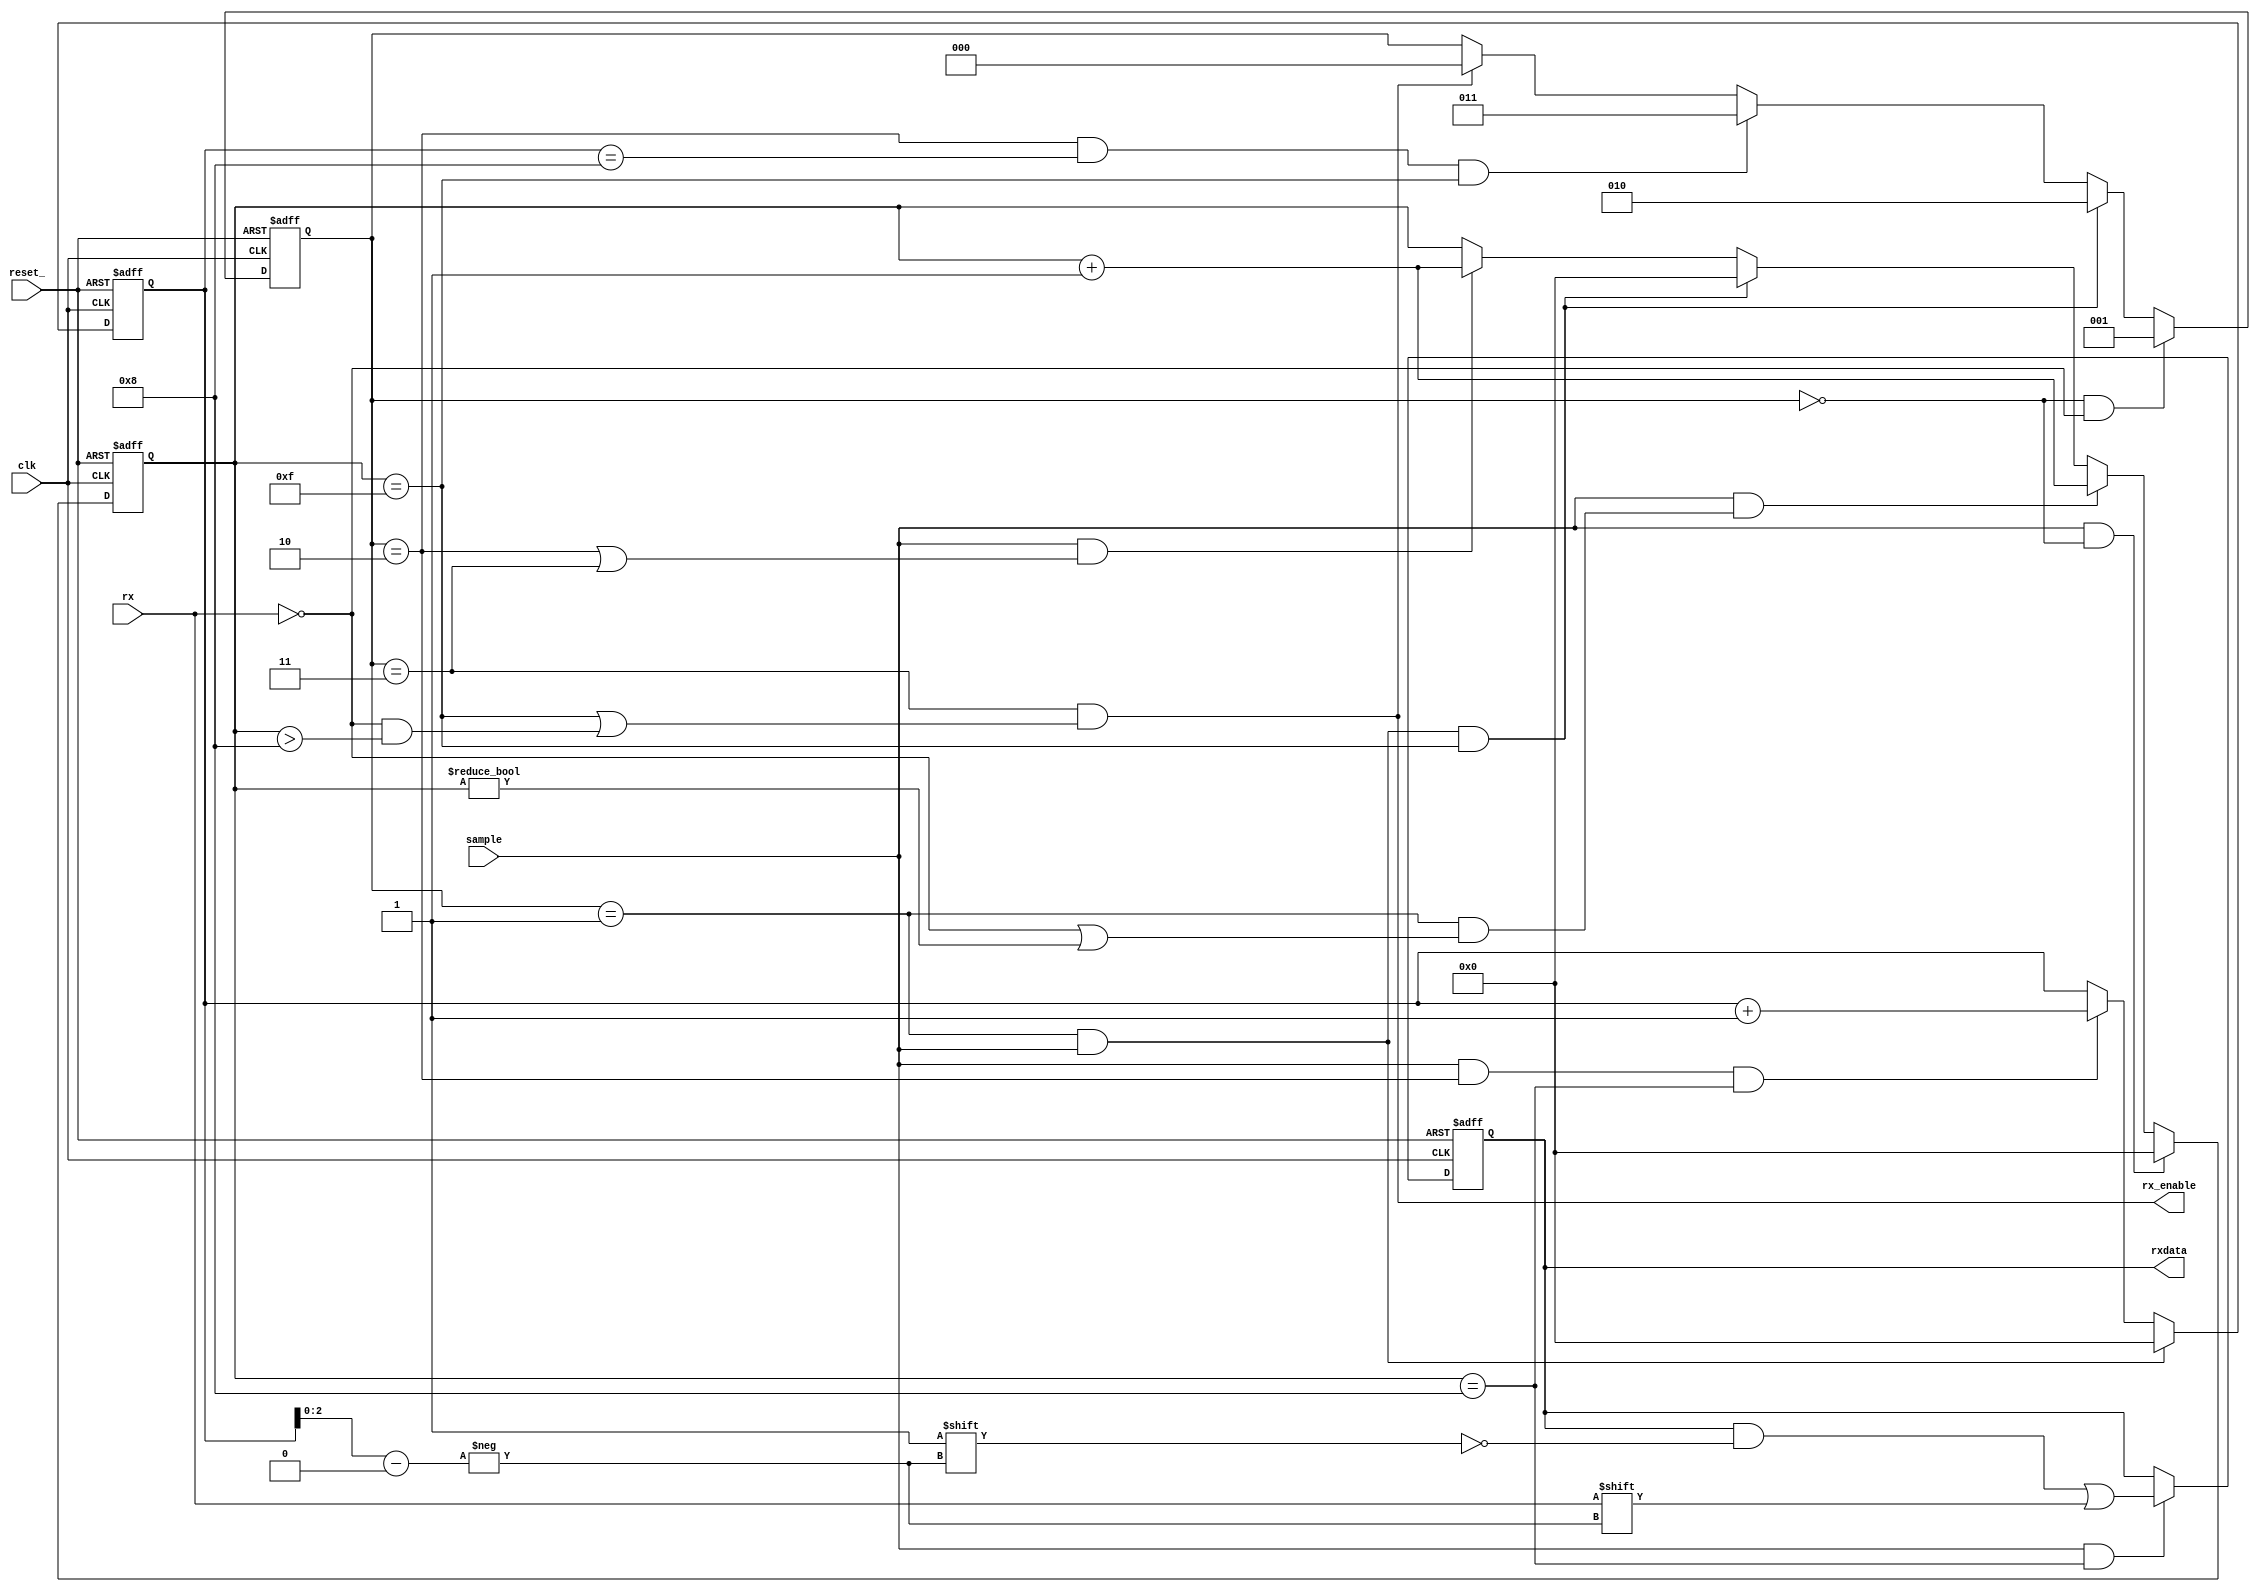
module rx_3(
   clk,
   reset_,
   sample,
   rx,
   rx_enable,
   rxdata);
   input        clk;
   input        reset_;
   input        sample;         
   input        rx;             
   output       rx_enable;      
   output [7:0] rxdata;         
   wire 	rx_stop;
   wire 	rx_enable;
   reg [2:0] 	state;
   reg [3:0] 	sample_cnt;
   reg [3:0] 	rxpos; 	
   reg [7:0] 	rxdata;
   assign rx_enable = state == ST_RXSTOP && rx_stop;
   assign rx_stop = sample_cnt == 4'hf || (!rx && sample_cnt > 4'h8);
   assign sample_done = sample_cnt == 4'hf;
   assign sample_en = sample_cnt == 4'h8;
   parameter ST_IDLE    = 2'd0;
   parameter ST_RXSTART = 2'd1;
   parameter ST_RXDATA  = 2'd2;
   parameter ST_RXSTOP  = 2'd3;
   always@ (posedge clk or negedge reset_)
     if (!reset_)
       state <= ST_IDLE;
     else if (state == ST_IDLE && !rx)
       state <= ST_RXSTART;
     else if (state == ST_RXSTART && sample && sample_done)
       state <= ST_RXDATA;
     else if (state == ST_RXDATA && rxpos == 4'd8 && sample_done)
       state <= ST_RXSTOP;
     else if (state == ST_RXSTOP && rx_stop)
       state <= ST_IDLE;
   always@ (posedge clk or negedge reset_)
     if (!reset_)
       sample_cnt <= 4'h0;
     else if (sample && state == ST_IDLE)
       sample_cnt <= 4'h0;
     else if (sample && (state == ST_RXSTART && (!rx || sample_cnt != 4'h0)))
       sample_cnt <= sample_cnt + 4'h1;
     else if (sample && state == ST_RXSTART && sample_done)
       sample_cnt <= 4'h0;
     else if (sample && (state == ST_RXDATA || state == ST_RXSTOP))
       sample_cnt <= sample_cnt + 4'h1;
   always@ (posedge clk or negedge reset_)
     if (!reset_)
       rxpos <= 4'h0;
     else if (sample && state == ST_RXSTART)
       rxpos <= 4'h0;
     else if (sample && state == ST_RXDATA && sample_en)
       rxpos <= rxpos + 4'h1;
   always@ (posedge clk or negedge reset_)
     if (!reset_)
       rxdata <= 8'h0;
     else if (sample && sample_en)
       rxdata[rxpos[2:0]] <= rx;
endmodule